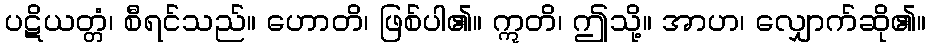
ပဋိယတ္တံ၊ စီရင်သည်။ ဟောတိ၊ ဖြစ်ပါ၏။ ဣတိ၊ ဤသို့။ အာဟ၊ လျှောက်ဆို၏။